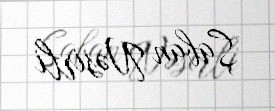
Şaban Nəsirli